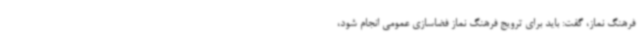
فرهنگ نماز، گفت: باید برای ترویج فرهنگ نماز فضاسازی عمومی انجام شود،